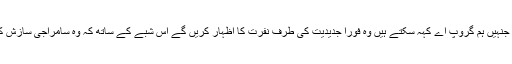
اس گروپ کے لوگ جنہیں ہم گروپ اے کہہ سکتے ہیں وہ فوراَ جدیدیت کی طرف نفرت کا اظہار کریں گے اس شبے کے ساتھ کہ وہ سامراجی سازش کے ساتھ منسلک ہیں۔